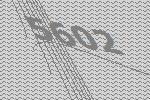
5602